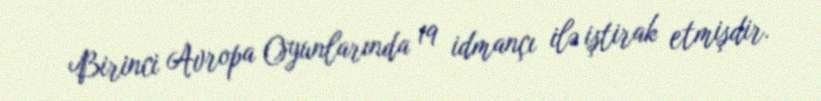
Birinci Avropa Oyunlarında 19 idmançı ilə iştirak etmişdir.